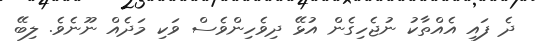
ދެ ފައި އެއްތާކު ނުޖެހިގެން އުޅޭ ދިވެހިންވެސް ވަކި މަދެއް ނޫނެވެ. ލިބޭ